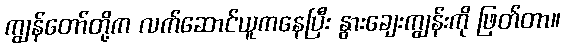
ကျွန်တော်တို့က လက်ဆောင်ယူကနေပြီး နွားချေးကျွန်းကို ဖြတ်တာ။